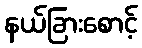
နယ်ခြားစောင့်